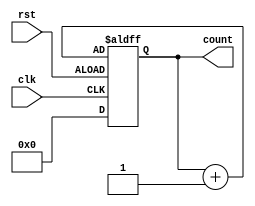
module aseq_counter(input clk,rst,output reg[3:0]count);
always@(posedge clk,negedge rst)
begin
 if(rst) count<=0;
 else count=count+1;
end 
endmodule

module tb;
reg clk,rst;
wire[3:0]count;
always #1 clk=~clk;
always #32 rst=~rst;
aseq_counter s1(clk,rst,count);
initial begin
$monitor($time,"   count=%b ",count);
#0 clk=1;rst=1;

end
initial begin
#136 $finish;
end
endmodule